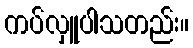
ကပ်လှူပါသတည်း။